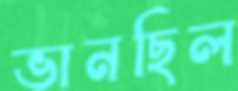
ভানছিল